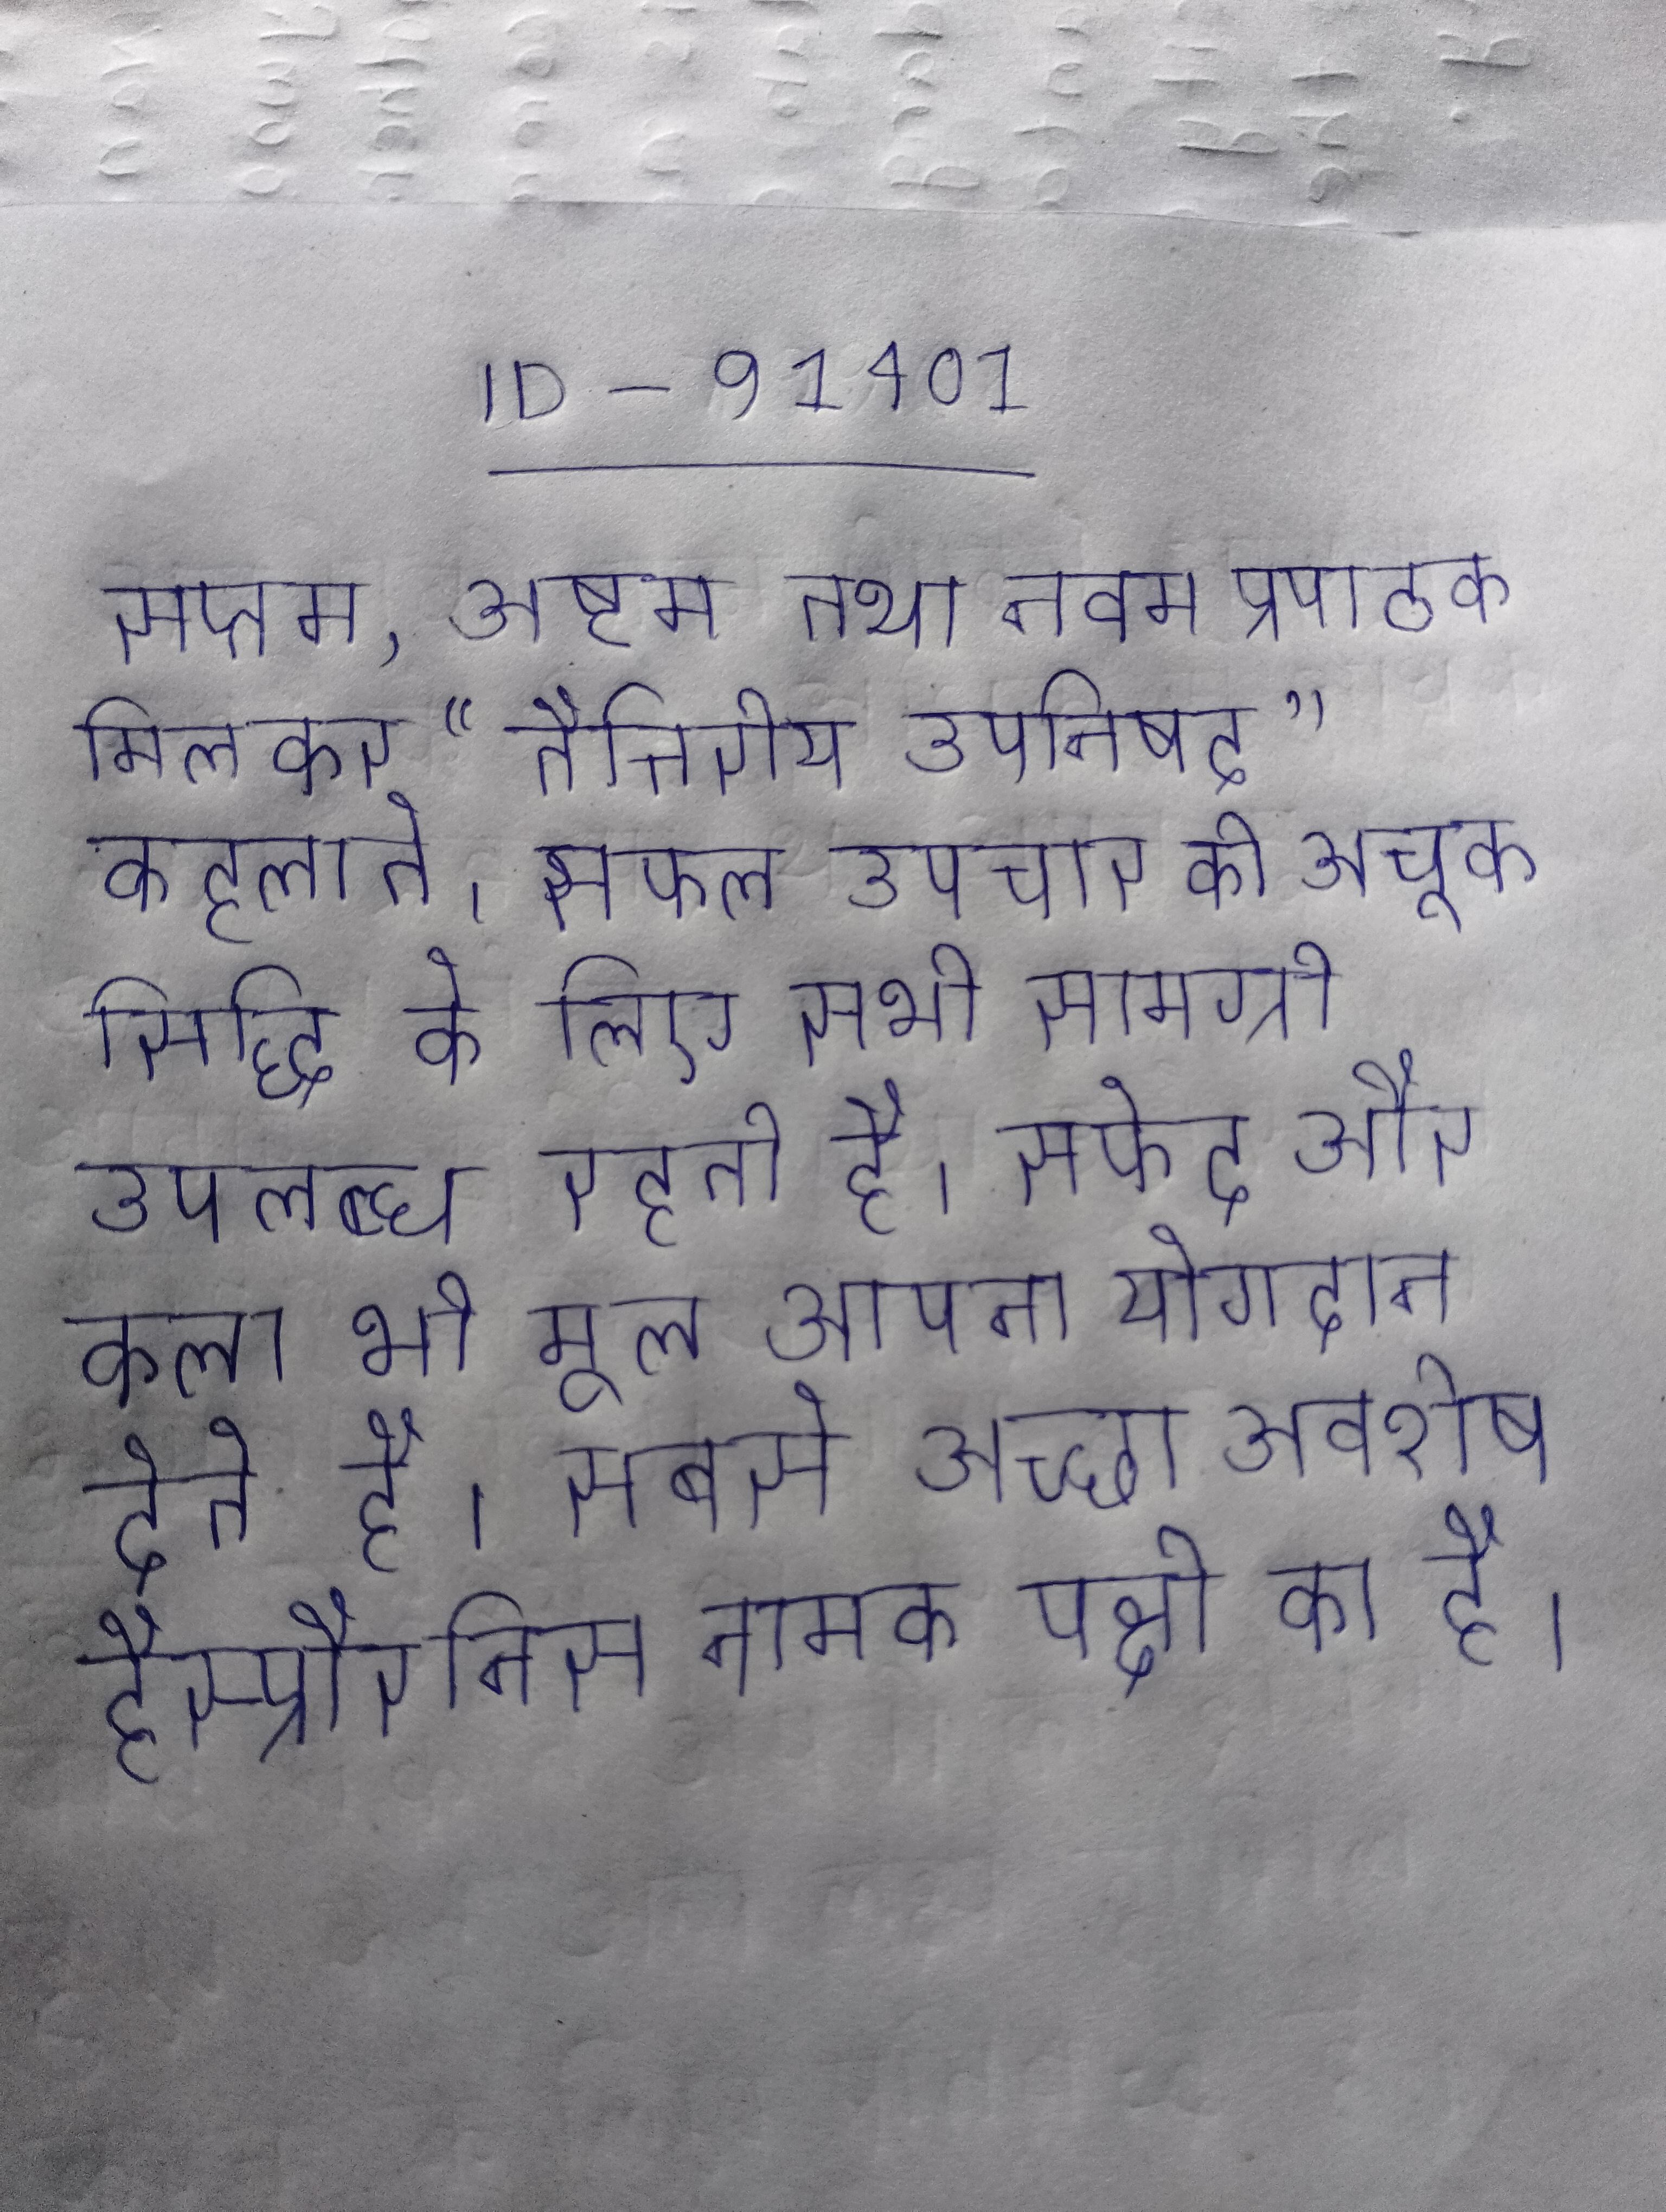
सप्तम, अष्टम तथा नवम प्रपाठक मिलकर "तैत्तिरीय उपनिषद" कहलाते । सफल उपचार की अचूक सिद्धि के लिए सभी सामग्री उपलब्ध रहती है । सफेद और काला भी मूल अपना योगदान देते है । सबसे अच्छा अवशेष हैस्प्रौरनिस नामक पक्षी का है ।